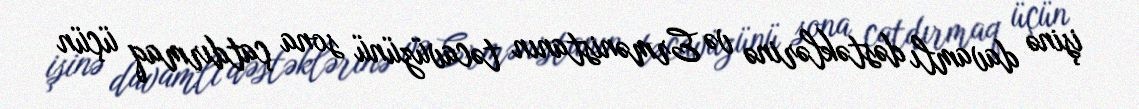
işinə davamlı dəstəklərinə və Ermənistanın təcavüzünü sona çatdırmaq üçün